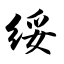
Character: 绥